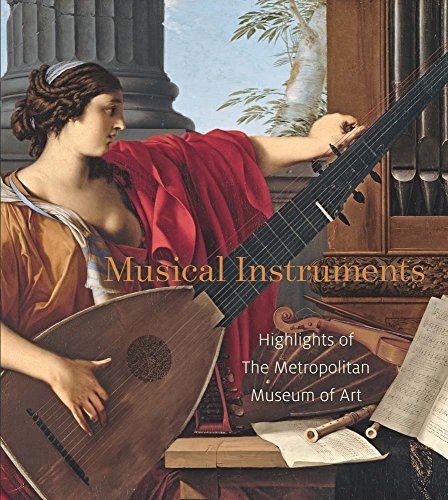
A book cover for Musical Instruments: Highlights of The Metropolitan Museum of Art; J. Kenneth Moore; Crafts, Hobbies & Home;